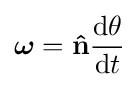
{\boldsymbol {\omega }}=\mathbf {\hat {n}} {\frac {\mathrm {d} \theta }{\mathrm {d} t}}